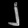
Digit: ၂